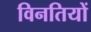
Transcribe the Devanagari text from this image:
विनतियों